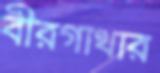
বীরগাথার